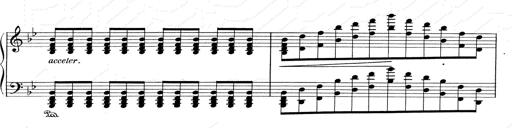
Title: RÃ©miniscences de Don Juan
Composer: Franz Liszt